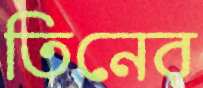
তিনের